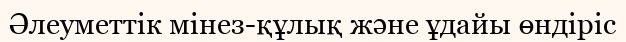
Әлеуметтік мінез-құлық және ұдайы өндіріс